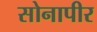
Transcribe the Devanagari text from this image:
सोनापीर